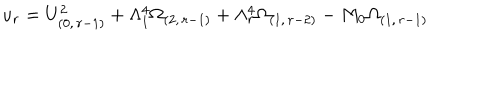
u _ { r } = U _ { ( 0 , \, r - 1 ) } ^ { 2 } + \Lambda _ { 1 } ^ { 4 } \Omega _ { ( 2 , \, r - 1 ) } + \Lambda _ { r } ^ { 4 } \Omega _ { ( 1 , \, r - 2 ) } - M _ { 0 } \Omega _ { ( 1 , \, r - 1 ) }